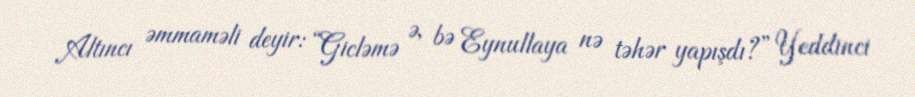
Altıncı əmmaməli deyir: “Gicləmə ə, bə Eynullaya nə təhər yapışdı?” Yeddinci